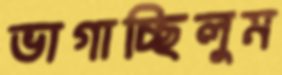
ভাগাচ্ছিলুম